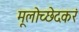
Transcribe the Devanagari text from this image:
मूलोच्छेदकरं